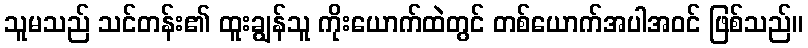
သူမသည် သင်တန်း၏ ထူးချွန်သူ ကိုးယောက်ထဲတွင် တစ်ယောက်အပါအဝင် ဖြစ်သည်။